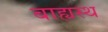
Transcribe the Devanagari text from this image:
बाह्यस्थ